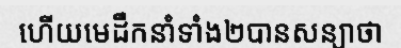
ហើយមេដឹកនាំទាំង២បានសន្យាថា